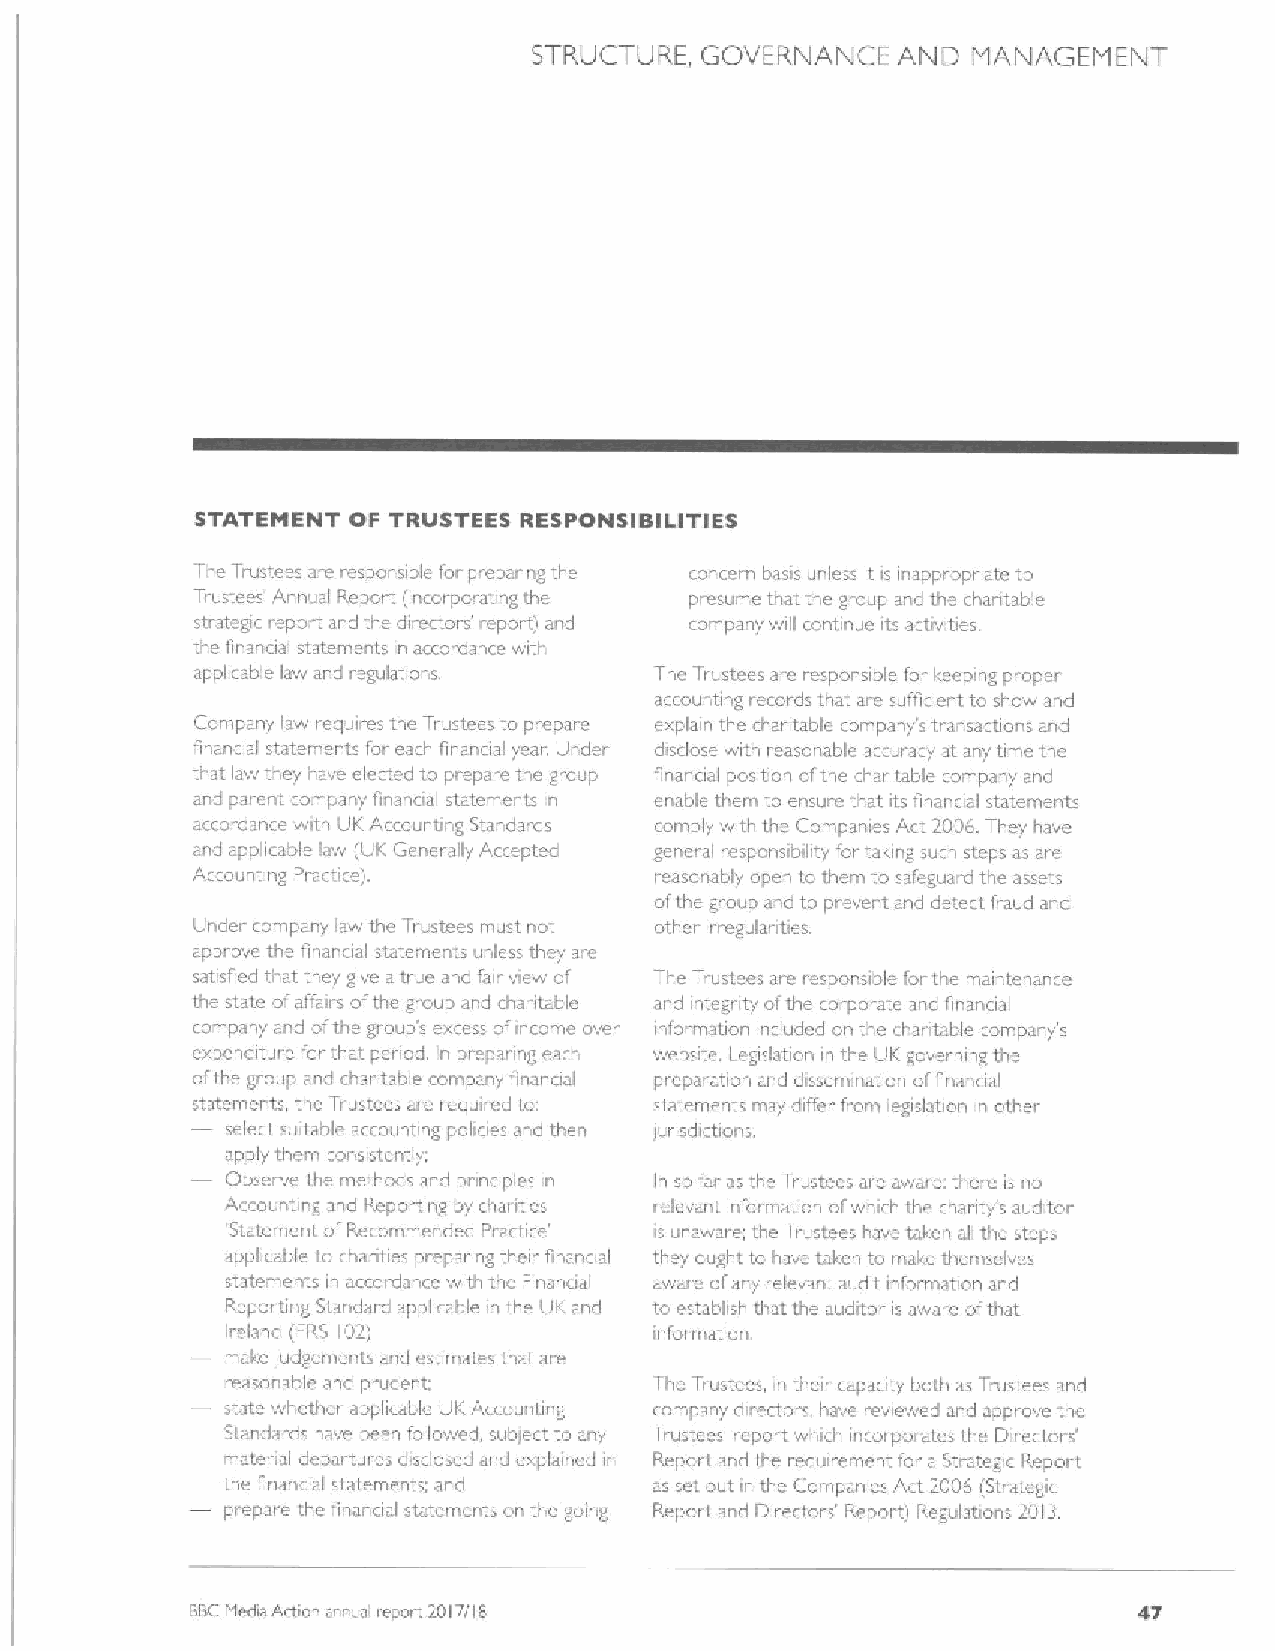
STRUCTURE, GOVERNANCE   ANE) MANAGEMENT
 STATEMENT OF TRUSTEES RESPONSIBILITIES
 The Trustees are responsible for pieparing the concern basis unless it is inappr opr iate to
 Ti-ustees Annual Report (incoi porating the p.esume that the group and the charitable
 strategc report and the directors: eport) and company will continue its activitie~.
 the finanaal statements in accordance with
 applicable law and regulations. The Trustees are responsible for I.eeping proper
 accounting records that' aie sufficient to show and
 Company law requires the Ti ustees to prepare explain the charitable company stransactions and
 financial statements for earh finanoal year. Under disclose with reasonable accuiacy' at any time the
 tnat law they l.ave elerted to prepare the group financial position ofthe chantable company and
 and pai ent company financial statements in enable them to ensure that its financial statements
 accordance with LIKAccounting Stardards comply with the Companies Act 2006.They have
 and applicabl~ iaw (UK Ocnerally Accepted general responsibility for talung such steps as are
 Accounting Pracrice).         reasonably open to them to safeguai d the assets
 cfthe group and to prevent and detect fiaud and
 Llnder company law the Trustees must not other irregulai ities.
 approve the financial statements unless they are
 satisfied that tl.ey give a true and fair view of The Ti.ustees are responsible forthe maintenance
 the state ofaffairs ofthe group and cha»iable and integnty ofthe rorporate and financial
 rompany and ofthe group's exress of income over infoi mauon included on the charitable s
 company
 expenditure for that penod. In prepanng each website. Legislation in the UK governing the
 ofthe group and charitable company finanoal preparation and dissemination offinancial
 statements the Trustees are required to: statements may differ fi'om legislation in other
 select suitable accountirtg policies and then iurisdictions
 apply them consistently;
 Observe the methods and prinriples in In so far as the Trustees are aware: there is no
 Accounting and Reporting by charities relevant information ofwhich the charity's auditor
 Statement ofRecommended Practice' is unaware; the Trustees have taken all the steps
 applicable to chanties preparing their financial they ought to have taken to make themselves
 statements in accordance with the Finanaai aware ofany relevant audit information and
 Reporting Standarcl applicable in the UK and to establish that the auditor is aware ofthat
 ireland (FRS 102)           information.
 make Iudgernents and estimates that aie
 reasonable and prudent:     The Trustees, in theo caparity both as Trustees and
 state whethei applirable UK Accounting company directors, have reviewed and approve the
 Standards have been followed subiert to any Trustees report which incorporates the Directors'
 matei ial dcpar-tures disclosed and explained in Report and the requirement for a Strategic Report
 the financial statements; and as set out in the Companies Act 2006 (Strategic
 prepare the finanoal statements on the going Report and Directoi s' Report) Regulations 2013.
 BBCMedia Action annual report 2017/I8